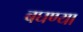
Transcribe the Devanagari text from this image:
बघण्या